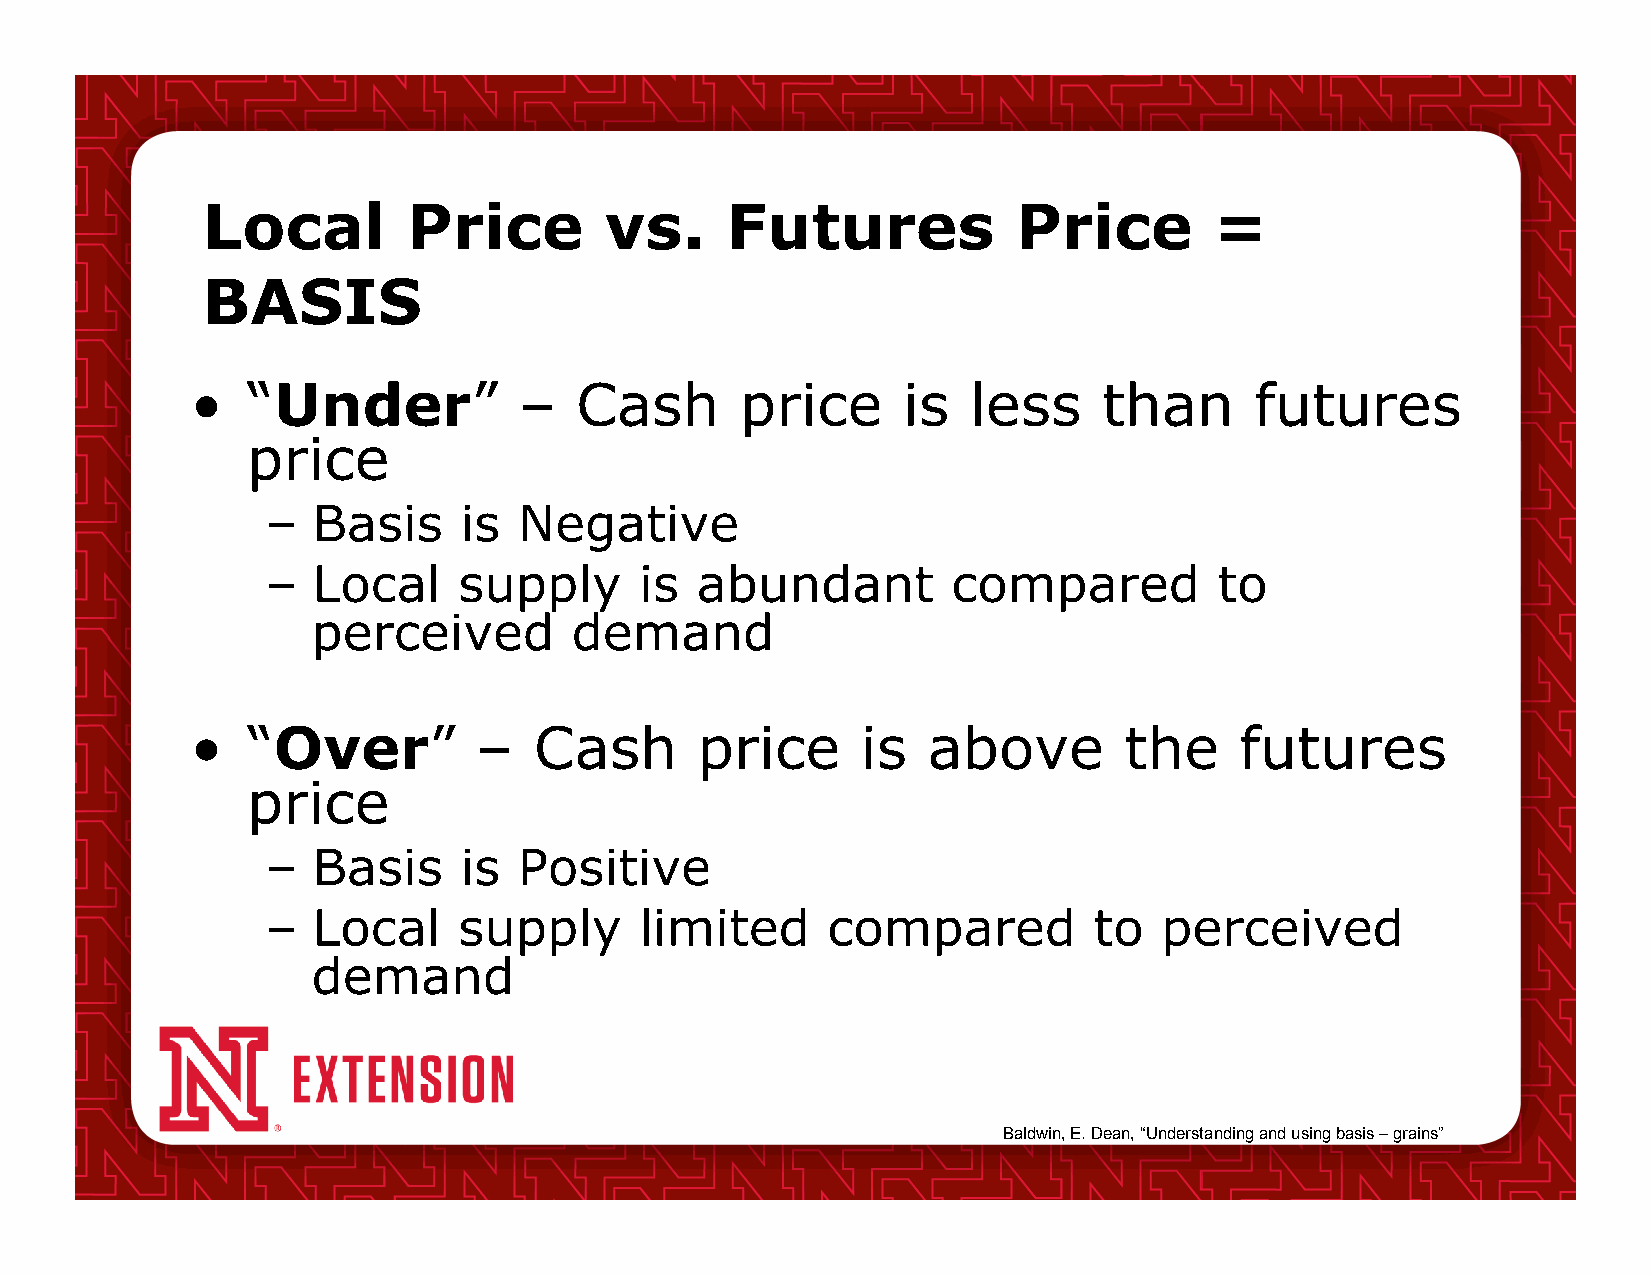
Local         Price        vs.     Futures            Price        =
 BASIS
 •  “Under”           –   Cash       price      is  less     than      futures
 price
 –  Basis    is  Negative
 –  Local    supply      is  abundant         compared          to
 perceived        demand
 •  “Over”          –  Cash       price      is  above        the     futures
 price
 –  Basis    is  Positive
 –  Local    supply      limited      compared         to   perceived
 demand
 Baldwin, E. Dean, “Understanding and using basis – grains”